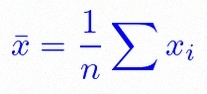
\bar{x}=\frac1n\sum x_i